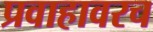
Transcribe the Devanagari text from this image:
प्रवाहावरच